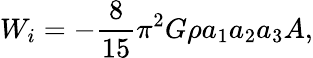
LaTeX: W_{i}=-\frac{8}{15}\pi^{2}G\rho a_{1}a_{2}a_{3}A,